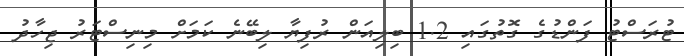
ޓުރަސްޓު ފަންޑުގެ ގޮތުގައި 1.2 ބިލިއަން ރުފިޔާ ލިބޭނެ ކަމަށް މިނިސްޓަރު ޖިހާދު